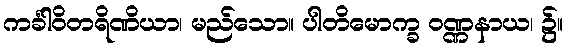
ကင်္ခါဝိတရိဏိယာ၊ မည်သော။ ပါတိမောက္ခ ဝဏ္ဏနာယ၊ ၌။